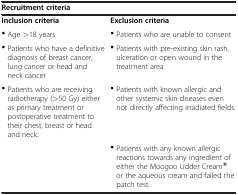
<table><thead><tr><td colspan="2"><b>Recruitment criteria</b></td></tr></thead><tbody><tr><td><b>Inclusion criteria</b></td><td><b>Exclusion criteria</b></td></tr><tr><td>· Age &gt;18 years</td><td>· Patients who are unable to consent</td></tr><tr><td>· Patients who have a definitive diagnosis of breast cancer, lung cancer or head and neck cancer</td><td>· Patients with pre-existing skin rash, ulceration or open wound in the treatment area</td></tr><tr><td>· Patients who are receiving radiotherapy (&gt;50 Gy) either as primary treatment or postoperative treatment to their chest, breast or head and neck.</td><td>· Patients with known allergic and other systemic skin diseases even not directly affecting irradiated fields.</td></tr><tr><td> </td><td>· Patients with any known allergic reactions towards any ingredient of either the Moogoo Udder Cream® or the aqueous cream and failed the patch test.</td></tr></tbody></table>